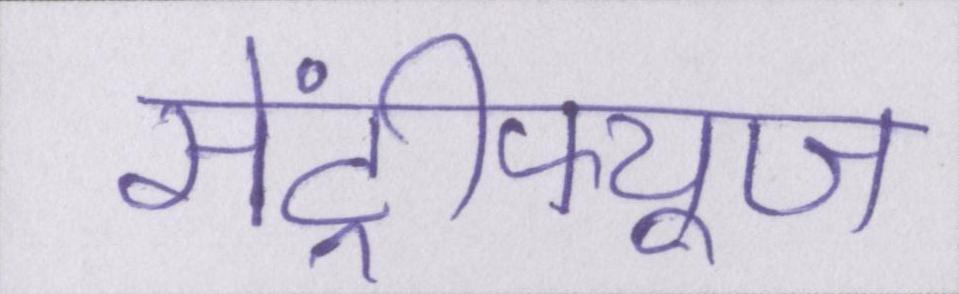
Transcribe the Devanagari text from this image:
सेंट्रीफ्यूज